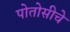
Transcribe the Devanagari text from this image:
पोतोसीचे